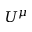
U ^ { \mu }